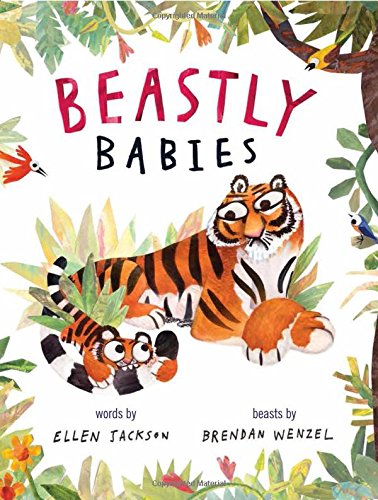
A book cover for Beastly Babies; Jackson  Ellen; Children's Books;